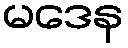
မဒေန